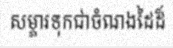
សម្ភារទុកជាចំណងដៃដ៏